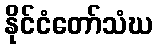
နိုင်ငံတော်သံဃ